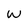
Character: w